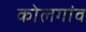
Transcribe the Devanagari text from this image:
कोलगांव